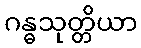
ဂန္ဓသုတ္တိယာ